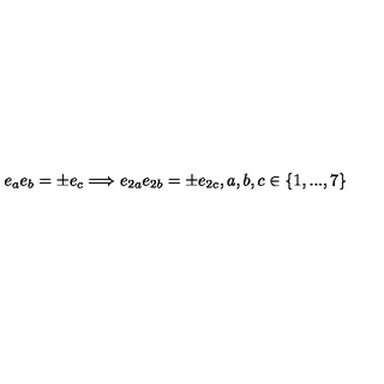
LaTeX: e _ { a } e _ { b } = \pm e _ { c } \Longrightarrow e _ { 2 a } e _ { 2 b } = \pm e _ { 2 c } , a , b , c \in \{ 1 , . . . , 7 \}